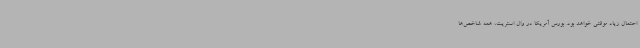
احتمال زیاد موقتی خواهد بود. بورس آمریکا در وال استریت، همه شاخص‌ها